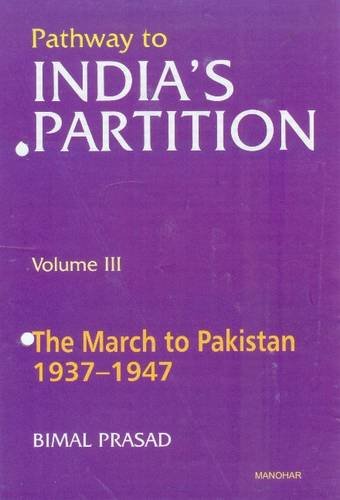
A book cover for Pathway to India's Partition: Vol. III: The March to Pakistan 1937-1947; Bimal Prasad; History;